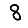
Digit: 8